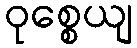
ဝုစ္စေယျ